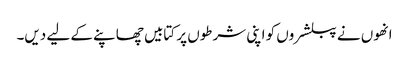
انھوں نے پبلشروں کو اپنی شرطوں پر کتابیں چھاپنے کے لیے دیں۔